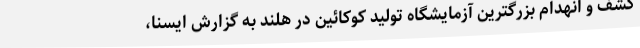
کشف و انهدام بزرگترین آزمایشگاه تولید کوکائین در هلند به گزارش ایسنا،